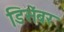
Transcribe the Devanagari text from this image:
डिसॆंबर